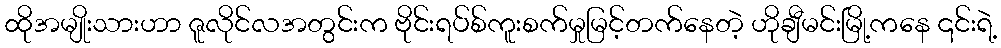
ထိုအမျိုးသားဟာ ဇူလိုင်လအတွင်းက ဗိုင်းရပ်စ်ကူးစက်မှုမြင့်တက်နေတဲ့ ဟိုချီမင်းမြို့ကနေ ၎င်းရဲ့